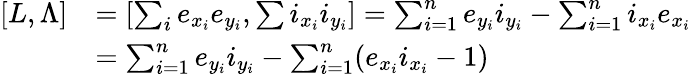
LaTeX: \begin{array}{rl}{[L,\Lambda]}&{=\left[\sum_{i}e_{x_{i}}e_{y_{i}},\sum i_{x_{i}}i_{y_{i}}\right]=\sum_{i=1}^{n}e_{y_{i}}i_{y_{i}}-\sum_{i=1}^{n}i_{x_{i}}e_{x_{i}}}\\ &{=\sum_{i=1}^{n}e_{y_{i}}i_{y_{i}}-\sum_{i=1}^{n}(e_{x_{i}}i_{x_{i}}-1)}\end{array}